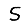
Digit: 5